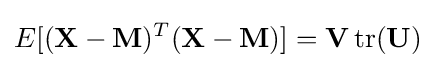
E[(\mathbf {X} -\mathbf {M} )^{T}(\mathbf {X} -\mathbf {M} )]=\mathbf {V} \operatorname {tr} (\mathbf {U} )